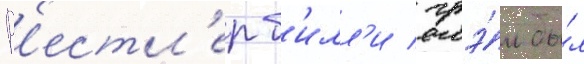
Р'естл'ер б'илл'и грэ́м бы́л